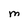
Character: M